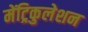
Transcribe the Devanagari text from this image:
मेंट्रिकुलेशन